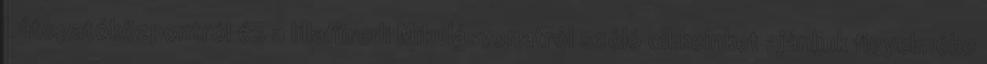
Látogatóközpontról és a lillafüredi Mikulásvonatról szóló cikkeinket ajánljuk figyelmébe